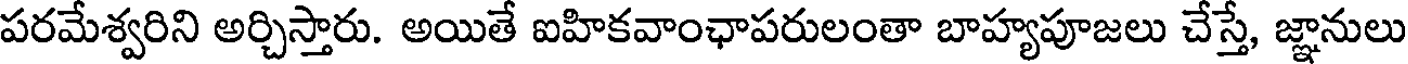
పరమేశ్వరిని అర్చిస్తారు. అయితే ఐహికవాంఛాపరులంతా బాహ్యపూజలు చేస్తే, జ్ఞానులు